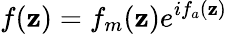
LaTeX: f(\mathbf{z})=f_{m}(\mathbf{z})e^{if_{a}(\mathbf{z})}